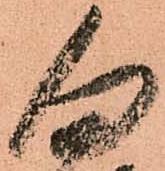
勿